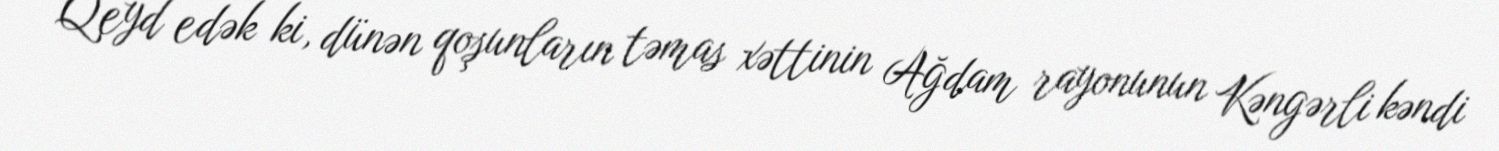
Qeyd edək ki, dünən qoşunların təmas xəttinin Ağdam rayonunun Kəngərli kəndi